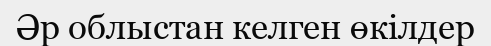
Әр облыстан келген өкілдер